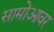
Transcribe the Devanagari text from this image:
सामोआवर